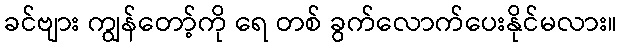
ခင်ဗျား ကျွန်တော့်ကို ရေ တစ် ခွက်လောက်ပေးနိုင်မလား။